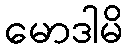
မောဒါမိ